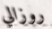
روزالي